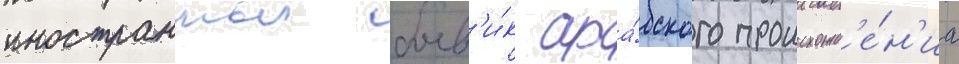
иностранныи боев'и́к ара́бского происхожд'е́н'иа